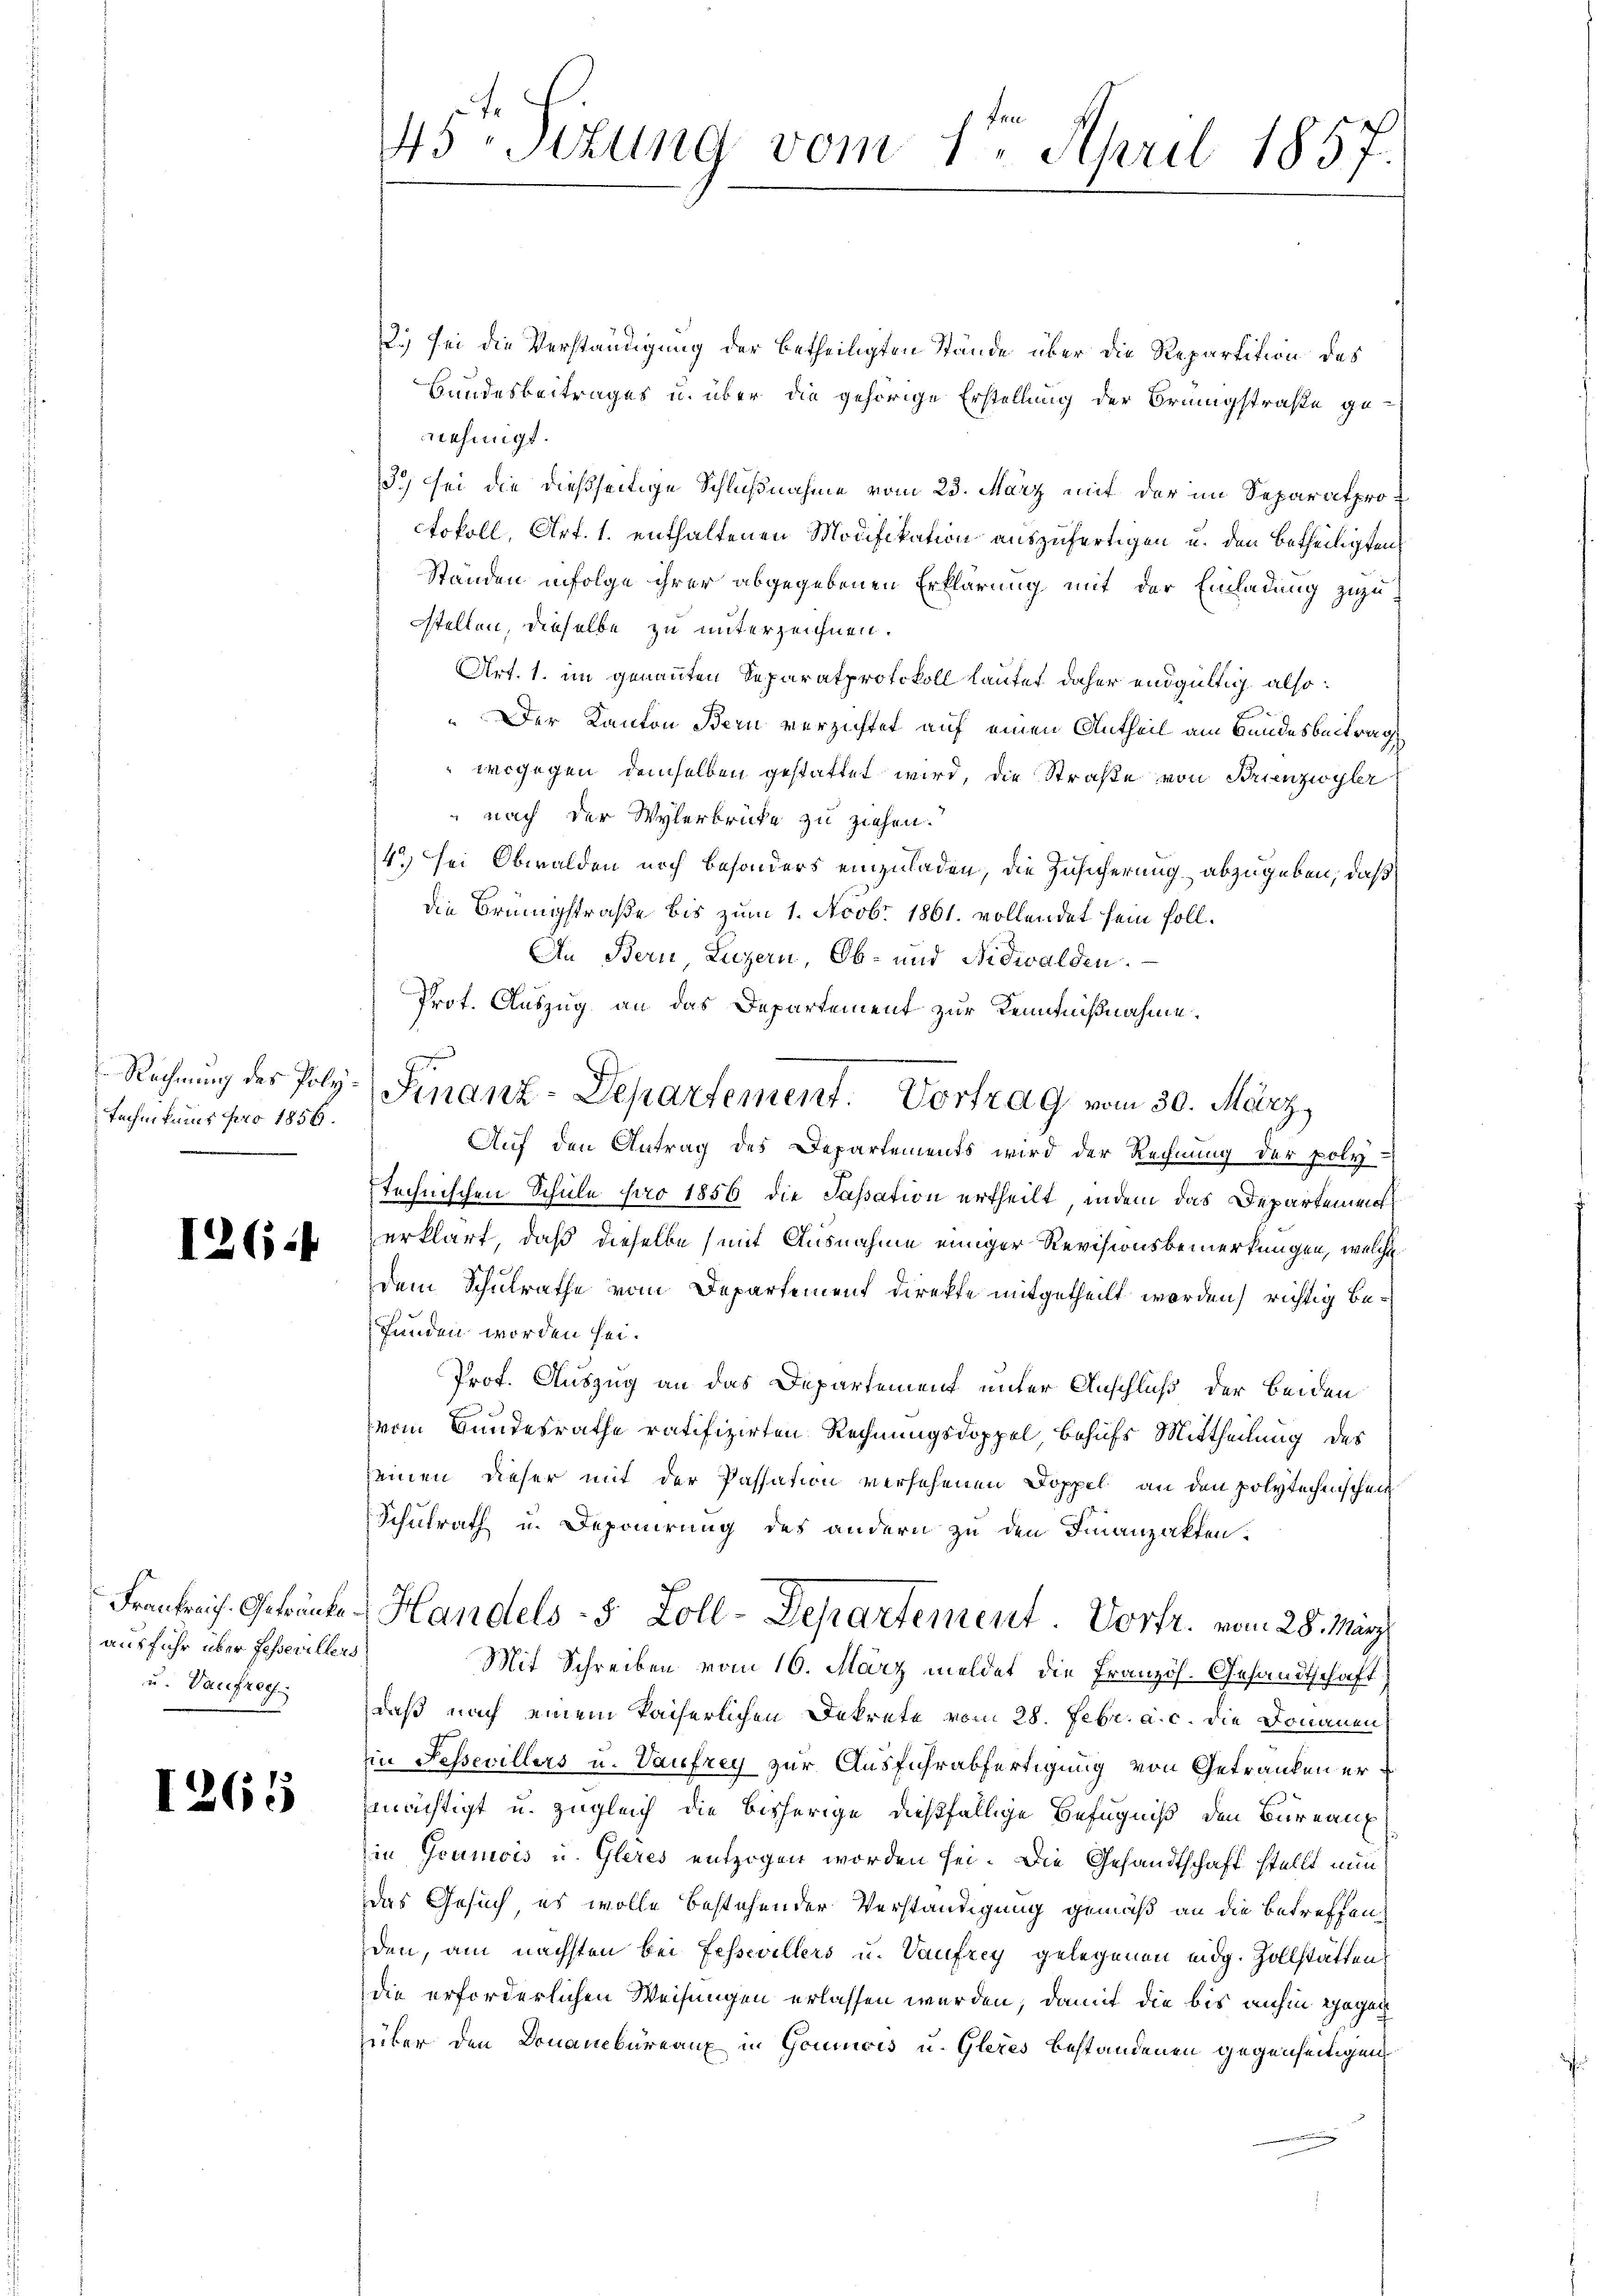
technikums pro 1856.

126 f

ausfuhr über Fesserellers
u. Vaufreg

1265

45te Sizung vom 1ten April 1857.

2.) Sei die Verständigung der betheiligten Stände über die Repartition des
Bundesbeitrages u. über die gehörige Erstellung der Brungstraße ge-
nehmigt.
3.) sei die dießseitige Schlußnahme vom 23. März mit der im Separatproctokoll, Art. 1. enthaltenen Modifikation auszufertigen u. den betheiligten
Ständen infolge ihrer abgegebenen Erklärung mit der Einladung zuzu
stellen, dieselbe zu unterzeichnen.
Art. 1. im genannten Separatprotokoll lautet daher endgültig also:
„Der Kanton Bern verzichtet auf einen Antheil am Bundesbeitrag
wogegen demselben gestattet wird, die Straße von Brienzwyler
nach der Wylerbrücke zu ziehen.
4. sei Obwalden noch besonders einzuladen, die Zusicherung abzugeben, daß
die Brüngstraße bis zum 1. Novb. 1861. vollendet sein soll.
An Bern, Luzern, Ob- und Nidwalden.
Prot. Auszug an das Departement zur Kenntnißnahme.
Auf den Antrag des Departements wird der Rechnung der poly-
technischen Schule pro 1856 die Fassation ertheilt, indem das Departement
erklärt, daß dieselbe (mit Ausnahme einiger Revisionsbemerkungen, welche
dem Schulrathe vom Departement Direkte mitgetheilt worden) richtig befunden worden sei.
Prof. Auszug an das Departement unter Anschluß der beiden
vom Bundesrathe ratifizirten Rechnungsdoppel, behufs Mittheilung des
seinen dieser mit der Passation versehenen Doppel an den polytechenschein
Schulrath u. Deponirung des andern zu den Finanzakten.
Frankreis. Getränken Handels 5 Zoll-Departement. Vorfr. vom 28. März
Mit Schreiben vom 16. März meldet die Französ. Gesandtschaft
daß nach einem Pacherlichen Dekrete vom 28. Febr. a. c. die Donauen
in Fessevillers u. Vaufrey zur Ausführabfertigung von Getranken ermächtigt u. zugleich die bisherige dießfällige Befugniß den Bureaux
in Goumois u. Gleres entzogen worden sei. Die Gesandtschaft stellt nun
das Gesuch, es wolle bestehender Verständigung gemäß an die betreffen
den, am nächsten bei Fessevillers u. Vaufrey gelegenen eidg. Zollstätten
die erforderlichen Weisungen erlassen werden; damit die bis anhin gegen
über den Donanbüreaux in Goumois u. Gleres bestandenen gegenseitigen

Rechnung der Poly-Finanz-Departement. Vortrag vom 30. März